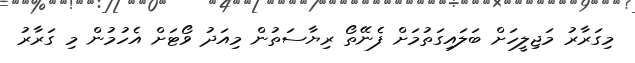
މިގަރާރު މަޖިލީހަށް ބަލައިގަތުމަށް ފެނޭތޯ ރިޔާސަތުން މިއަދު ވޯޓަށް އެހުމުން މި ގަރާރު